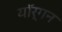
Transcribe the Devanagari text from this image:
यॉर्गन